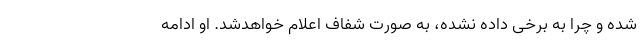
شده و چرا به برخی داده نشده، به صورت شفاف اعلام خواهدشد. او ادامه